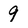
Character: 9